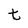
Character: t